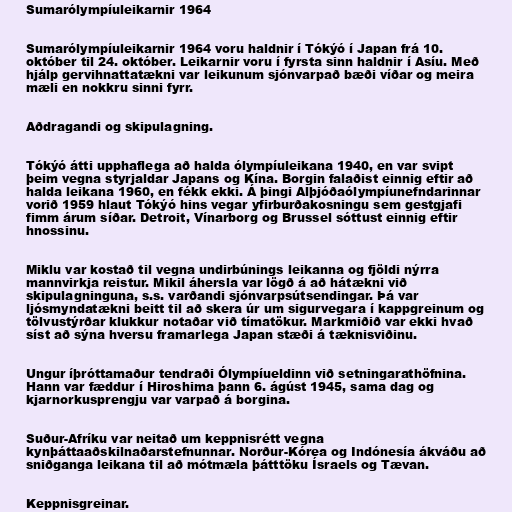
Sumarólympíuleikarnir 1964

Sumarólympíuleikarnir 1964 voru haldnir í Tókýó í Japan frá 10.
október til 24. október. Leikarnir voru í fyrsta sinn haldnir í Asíu. Með
hjálp gervihnattatækni var leikunum sjónvarpað bæði víðar og meira
mæli en nokkru sinni fyrr.

Aðdragandi og skipulagning.

Tókýó átti upphaflega að halda ólympíuleikana 1940, en var svipt
þeim vegna styrjaldar Japans og Kína. Borgin falaðist einnig eftir að
halda leikana 1960, en fékk ekki. Á þingi Alþjóðaólympíunefndarinnar
vorið 1959 hlaut Tókýó hins vegar yfirburðakosningu sem gestgjafi
fimm árum síðar. Detroit, Vínarborg og Brussel sóttust einnig eftir
hnossinu.

Miklu var kostað til vegna undirbúnings leikanna og fjöldi nýrra
mannvirkja reistur. Mikil áhersla var lögð á að hátækni við
skipulagninguna, s.s. varðandi sjónvarpsútsendingar. Þá var
ljósmyndatækni beitt til að skera úr um sigurvegara í kappgreinum og
tölvustýrðar klukkur notaðar við tímatökur. Markmiðið var ekki hvað
síst að sýna hversu framarlega Japan stæði á tæknisviðinu.

Ungur íþróttamaður tendraði Ólympíueldinn við setningarathöfnina.
Hann var fæddur í Hiroshima þann 6. ágúst 1945, sama dag og
kjarnorkusprengju var varpað á borgina.

Suður-Afríku var neitað um keppnisrétt vegna
kynþáttaaðskilnaðarstefnunnar. Norður-Kórea og Indónesía ákváðu að
sniðganga leikana til að mótmæla þátttöku Ísraels og Tævan.

Keppnisgreinar.